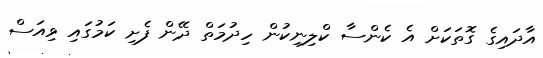
އާދައިގެ ގޮތަކަށް އެ ކެންސާ ކްލިނިކުން ހިދުމަތް ދޭން ފެށި ކަމުގައި ވިއަސް